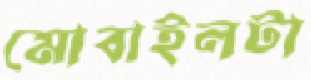
মোবাইলটা